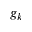
g _ { k }